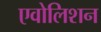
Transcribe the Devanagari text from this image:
एवोलिशन